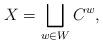
LaTeX: \begin{align*}X = \bigsqcup_{w\in W} C^w, \end{align*}